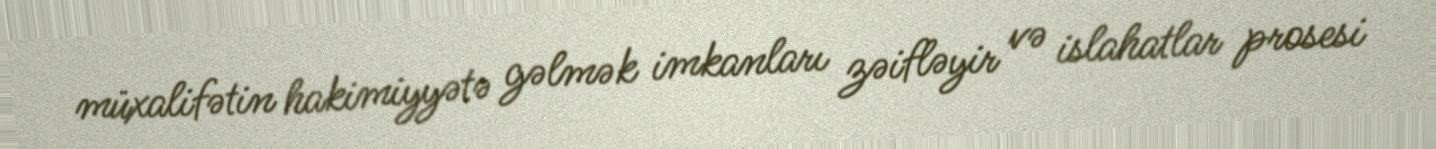
müxalifətin hakimiyyətə gəlmək imkanları zəifləyir və islahatlar prosesi